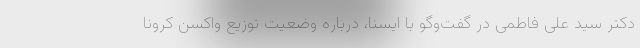
دکتر سید علی فاطمی در گفت‌وگو با ایسنا، درباره وضعیت توزیع واکسن کرونا